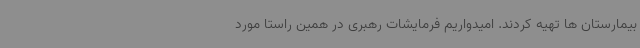
بیمارستان ها تهیه کردند. امیدواریم فرمایشات رهبری در همین راستا مورد